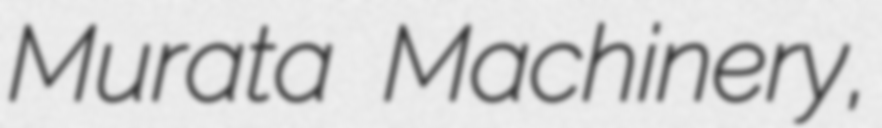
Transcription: Murata Machinery,